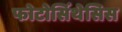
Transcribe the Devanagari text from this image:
फोटोसिंथेसिस